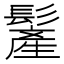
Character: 𩮲